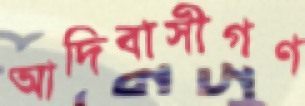
আদিবাসীগণ